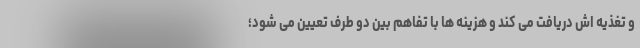
و تغذیه اش دریافت می کند و هزینه ها با تفاهم بین دو طرف تعیین می شود؛